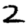
Digit: 2